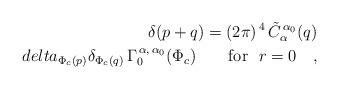
LaTeX: \begin{align*}\delta(p+q)=(2\pi)^{\,4} \,\tilde C_{\alpha}^{\,\alpha_{0}}(q)\\delta_{\Phi_{c}(p)}\delta_{\Phi_{c}(q)}\,\Gamma_{0}^{\,\alpha,\,\alpha_{0}}(\Phi_{c})\qquad\mbox{for }\ r=0\quad ,\end{align*}